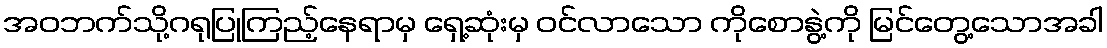
အဝဘက်သို့ဂရုပြုကြည့်နေရာမှ ရှေ့ဆုံးမှ ဝင်လာသော ကိုစောနွဲ့ကို မြင်တွေ့သောအခါ